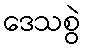
ဒေသစွဲ